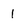
Character: 1